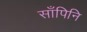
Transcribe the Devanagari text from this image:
साँपिनि